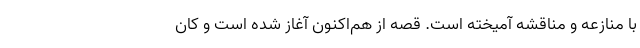
با منازعه و مناقشه آمیخته است. قصه از هم‌اکنون آغاز شده است و کان